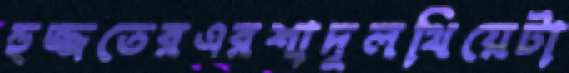
হুজ্জতেরএরশাদুলথিয়েটা